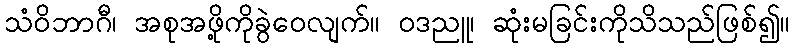
သံဝိဘာဂီ၊ အစုအဖို့ကိုခွဲဝေလျက်။ ဝဒညူ၊ ဆုံးမခြင်းကိုသိသည်ဖြစ်၍။